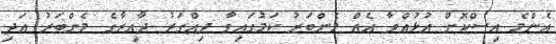
އެންމެ އިސްކޮށް އުޅުއްވާ އެއް މެންބަރު ކަމުގައިވާ ދިއްގަރު ދާއިރާގެ މެންބަރު އަދި